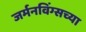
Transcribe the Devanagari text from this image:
जर्मनविंग्सच्या